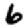
Digit: 6